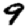
Digit: 9